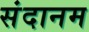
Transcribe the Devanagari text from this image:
संदानम